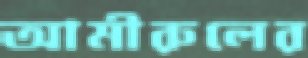
আমীরুলের